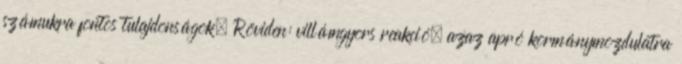
számukra fontos tulajdonságok. Röviden: villámgyors reakció, azaz apró kormánymozdulatra